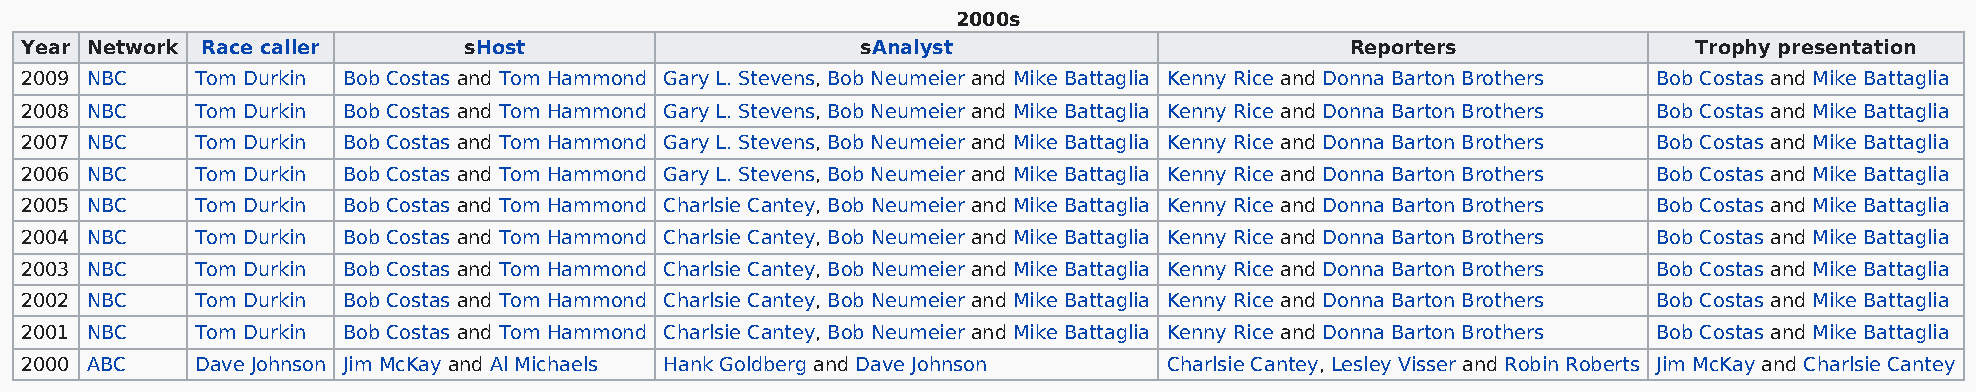
2000s
 Year Network Race caller      sHost                     sAnalyst                        Reporters              Trophy presentation
 2009 NBC    Tom Durkin Bob Costas and Tom Hammond Gary L. Stevens, Bob Neumeier and Mike Battaglia Kenny Rice and Donna Barton Brothers Bob Costas and Mike Battaglia
 2008 NBC    Tom Durkin Bob Costas and Tom Hammond Gary L. Stevens, Bob Neumeier and Mike Battaglia Kenny Rice and Donna Barton Brothers Bob Costas and Mike Battaglia
 2007 NBC    Tom Durkin Bob Costas and Tom Hammond Gary L. Stevens, Bob Neumeier and Mike Battaglia Kenny Rice and Donna Barton Brothers Bob Costas and Mike Battaglia
 2006 NBC    Tom Durkin Bob Costas and Tom Hammond Gary L. Stevens, Bob Neumeier and Mike Battaglia Kenny Rice and Donna Barton Brothers Bob Costas and Mike Battaglia
 2005 NBC    Tom Durkin Bob Costas and Tom Hammond Charlsie Cantey, Bob Neumeier and Mike Battaglia Kenny Rice and Donna Barton Brothers Bob Costas and Mike Battaglia
 2004 NBC    Tom Durkin Bob Costas and Tom Hammond Charlsie Cantey, Bob Neumeier and Mike Battaglia Kenny Rice and Donna Barton Brothers Bob Costas and Mike Battaglia
 2003 NBC    Tom Durkin Bob Costas and Tom Hammond Charlsie Cantey, Bob Neumeier and Mike Battaglia Kenny Rice and Donna Barton Brothers Bob Costas and Mike Battaglia
 2002 NBC    Tom Durkin Bob Costas and Tom Hammond Charlsie Cantey, Bob Neumeier and Mike Battaglia Kenny Rice and Donna Barton Brothers Bob Costas and Mike Battaglia
 2001 NBC    Tom Durkin Bob Costas and Tom Hammond Charlsie Cantey, Bob Neumeier and Mike Battaglia Kenny Rice and Donna Barton Brothers Bob Costas and Mike Battaglia
 2000 ABC    Dave Johnson Jim McKay and Al Michaels Hank Goldberg and Dave Johnson Charlsie Cantey, Lesley Visser and Robin Roberts Jim McKay and Charlsie Cantey